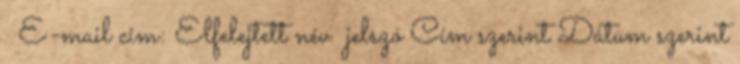
E-mail cím: Elfelejtett név jelszó Cím szerint Dátum szerint